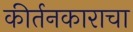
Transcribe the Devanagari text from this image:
कीर्तनकाराचा